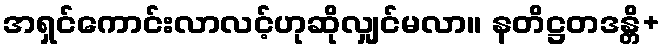
အရှင်ကောင်းလာလင့်ဟုဆိုလျှင်မလာ။ နတိဋ္ဌတဒန္တိ+